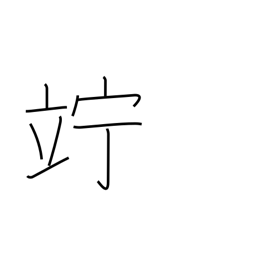
Meaning: linger